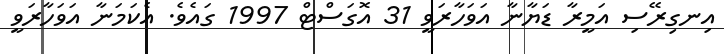
އިނގިރޭސި އަމީރާ ޑަޔާނާ އަވަހާރަވީ 31 އޮގަސްޓް 1997 ގައެވެ. އެކަމަނާ އަވަހާރަވީ